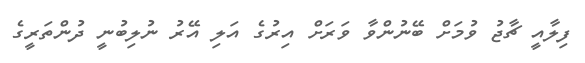
ފިލާއީ ޗާޖު ވުމަށް ބޭނުންވާ ވަރަށް އިރުގެ އަލި އޭރު ނުލިބުނީ ދުންތަރީގެ